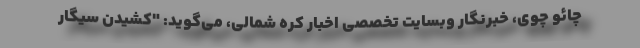
چائو چوی، خبرنگار وبسایت تخصصی اخبار کره شمالی، می‌گوید: "کشیدن سیگار